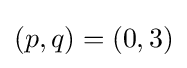
(p,q)=(0,3)